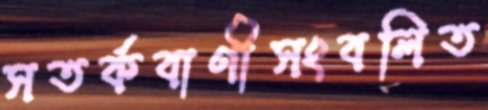
সতর্কবাণীসংবলিত